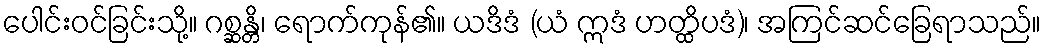
ပေါင်းဝင်ခြင်းသို့။ ဂစ္ဆန္တိ၊ ရောက်ကုန်၏။ ယဒိဒံ (ယံ ဣဒံ ဟတ္ထိပဒံ)၊ အကြင်ဆင်ခြေရာသည်။